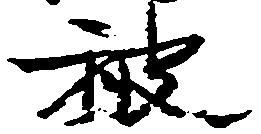
被